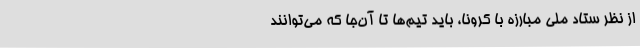
از نظر ستاد ملی مبارزه با کرونا، باید تیم‌ها تا آن‌جا که می‌توانند